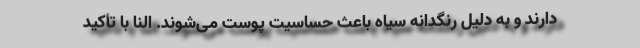
دارند و به دلیل رنگدانه سیاه باعث حساسیت پوست می‌شوند. النا با تأکید